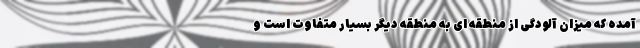
آمده که میزان آلودگی از منطقه ای به منطقه دیگر بسیار متفاوت است و